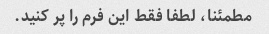
مطمئنا، لطفا فقط این فرم را پر کنید.